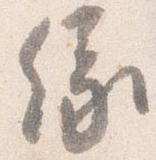
縁